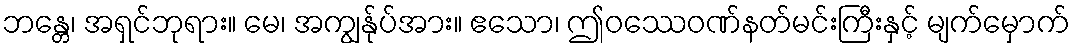
ဘန္တေ၊ အရှင်ဘုရား။ မေ၊ အကျွန်ုပ်အား။ ဧသော၊ ဤဝဿေဝဏ်နတ်မင်းကြီးနှင့် မျက်မှောက်